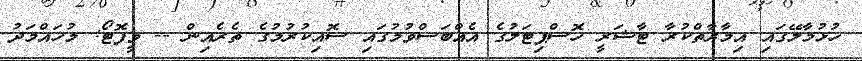
ހުޅުމާލޭގައި އިމާރާތްކުރާ ޓާޝަރީ ހޮސްޕިޓަލުގެ އެއްބަސްވުމުގައި ސޮއިކުރުމުގެ ތެރެއިން -- ވީފޮޓޯ: މުހައްމަދު